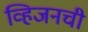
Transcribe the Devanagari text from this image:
व्हिजनची